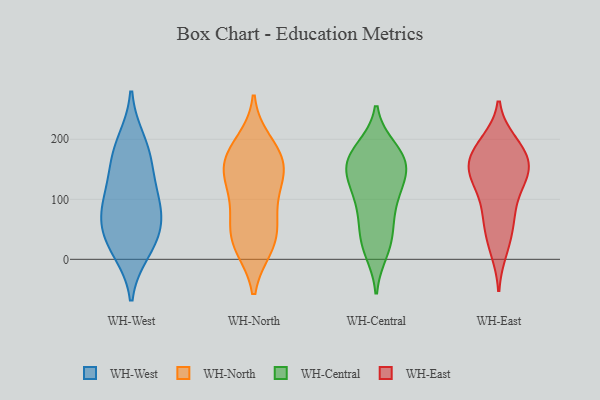
{"axis": {"x": "Revenue (USD Million)", "y": "Value"}, "legend": ["WH-Central", "WH-East", "WH-North", "WH-West"], "data": [{"x": "", "y": 196, "type": "WH-West"}, {"x": "", "y": 85, "type": "WH-West"}, {"x": "", "y": 27, "type": "WH-West"}, {"x": "", "y": 65, "type": "WH-West"}, {"x": "", "y": 175, "type": "WH-West"}, {"x": "", "y": 43, "type": "WH-West"}, {"x": "", "y": 153, "type": "WH-West"}, {"x": "", "y": 115, "type": "WH-West"}, {"x": "", "y": 90, "type": "WH-West"}, {"x": "", "y": 15, "type": "WH-West"}, {"x": "", "y": 26, "type": "WH-North"}, {"x": "", "y": 20, "type": "WH-North"}, {"x": "", "y": 195, "type": "WH-North"}, {"x": "", "y": 143, "type": "WH-North"}, {"x": "", "y": 83, "type": "WH-North"}, {"x": "", "y": 117, "type": "WH-North"}, {"x": "", "y": 53, "type": "WH-North"}, {"x": "", "y": 64, "type": "WH-North"}, {"x": "", "y": 129, "type": "WH-North"}, {"x": "", "y": 180, "type": "WH-North"}, {"x": "", "y": 163, "type": "WH-North"}, {"x": "", "y": 22, "type": "WH-North"}, {"x": "", "y": 170, "type": "WH-North"}, {"x": "", "y": 150, "type": "WH-North"}, {"x": "", "y": 77, "type": "WH-Central"}, {"x": "", "y": 43, "type": "WH-Central"}, {"x": "", "y": 41, "type": "WH-Central"}, {"x": "", "y": 152, "type": "WH-Central"}, {"x": "", "y": 176, "type": "WH-Central"}, {"x": "", "y": 183, "type": "WH-Central"}, {"x": "", "y": 153, "type": "WH-Central"}, {"x": "", "y": 105, "type": "WH-Central"}, {"x": "", "y": 185, "type": "WH-Central"}, {"x": "", "y": 116, "type": "WH-Central"}, {"x": "", "y": 13, "type": "WH-Central"}, {"x": "", "y": 158, "type": "WH-Central"}, {"x": "", "y": 140, "type": "WH-Central"}, {"x": "", "y": 19, "type": "WH-Central"}, {"x": "", "y": 166, "type": "WH-Central"}, {"x": "", "y": 86, "type": "WH-Central"}, {"x": "", "y": 131, "type": "WH-Central"}, {"x": "", "y": 183, "type": "WH-East"}, {"x": "", "y": 137, "type": "WH-East"}, {"x": "", "y": 148, "type": "WH-East"}, {"x": "", "y": 15, "type": "WH-East"}, {"x": "", "y": 78, "type": "WH-East"}, {"x": "", "y": 169, "type": "WH-East"}, {"x": "", "y": 28, "type": "WH-East"}, {"x": "", "y": 195, "type": "WH-East"}, {"x": "", "y": 184, "type": "WH-East"}, {"x": "", "y": 145, "type": "WH-East"}, {"x": "", "y": 62, "type": "WH-East"}, {"x": "", "y": 147, "type": "WH-East"}, {"x": "", "y": 103, "type": "WH-East"}, {"x": "", "y": 144, "type": "WH-East"}, {"x": "", "y": 66, "type": "WH-East"}, {"x": "", "y": 132, "type": "WH-East"}, {"x": "", "y": 187, "type": "WH-East"}]}